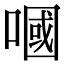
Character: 嘓